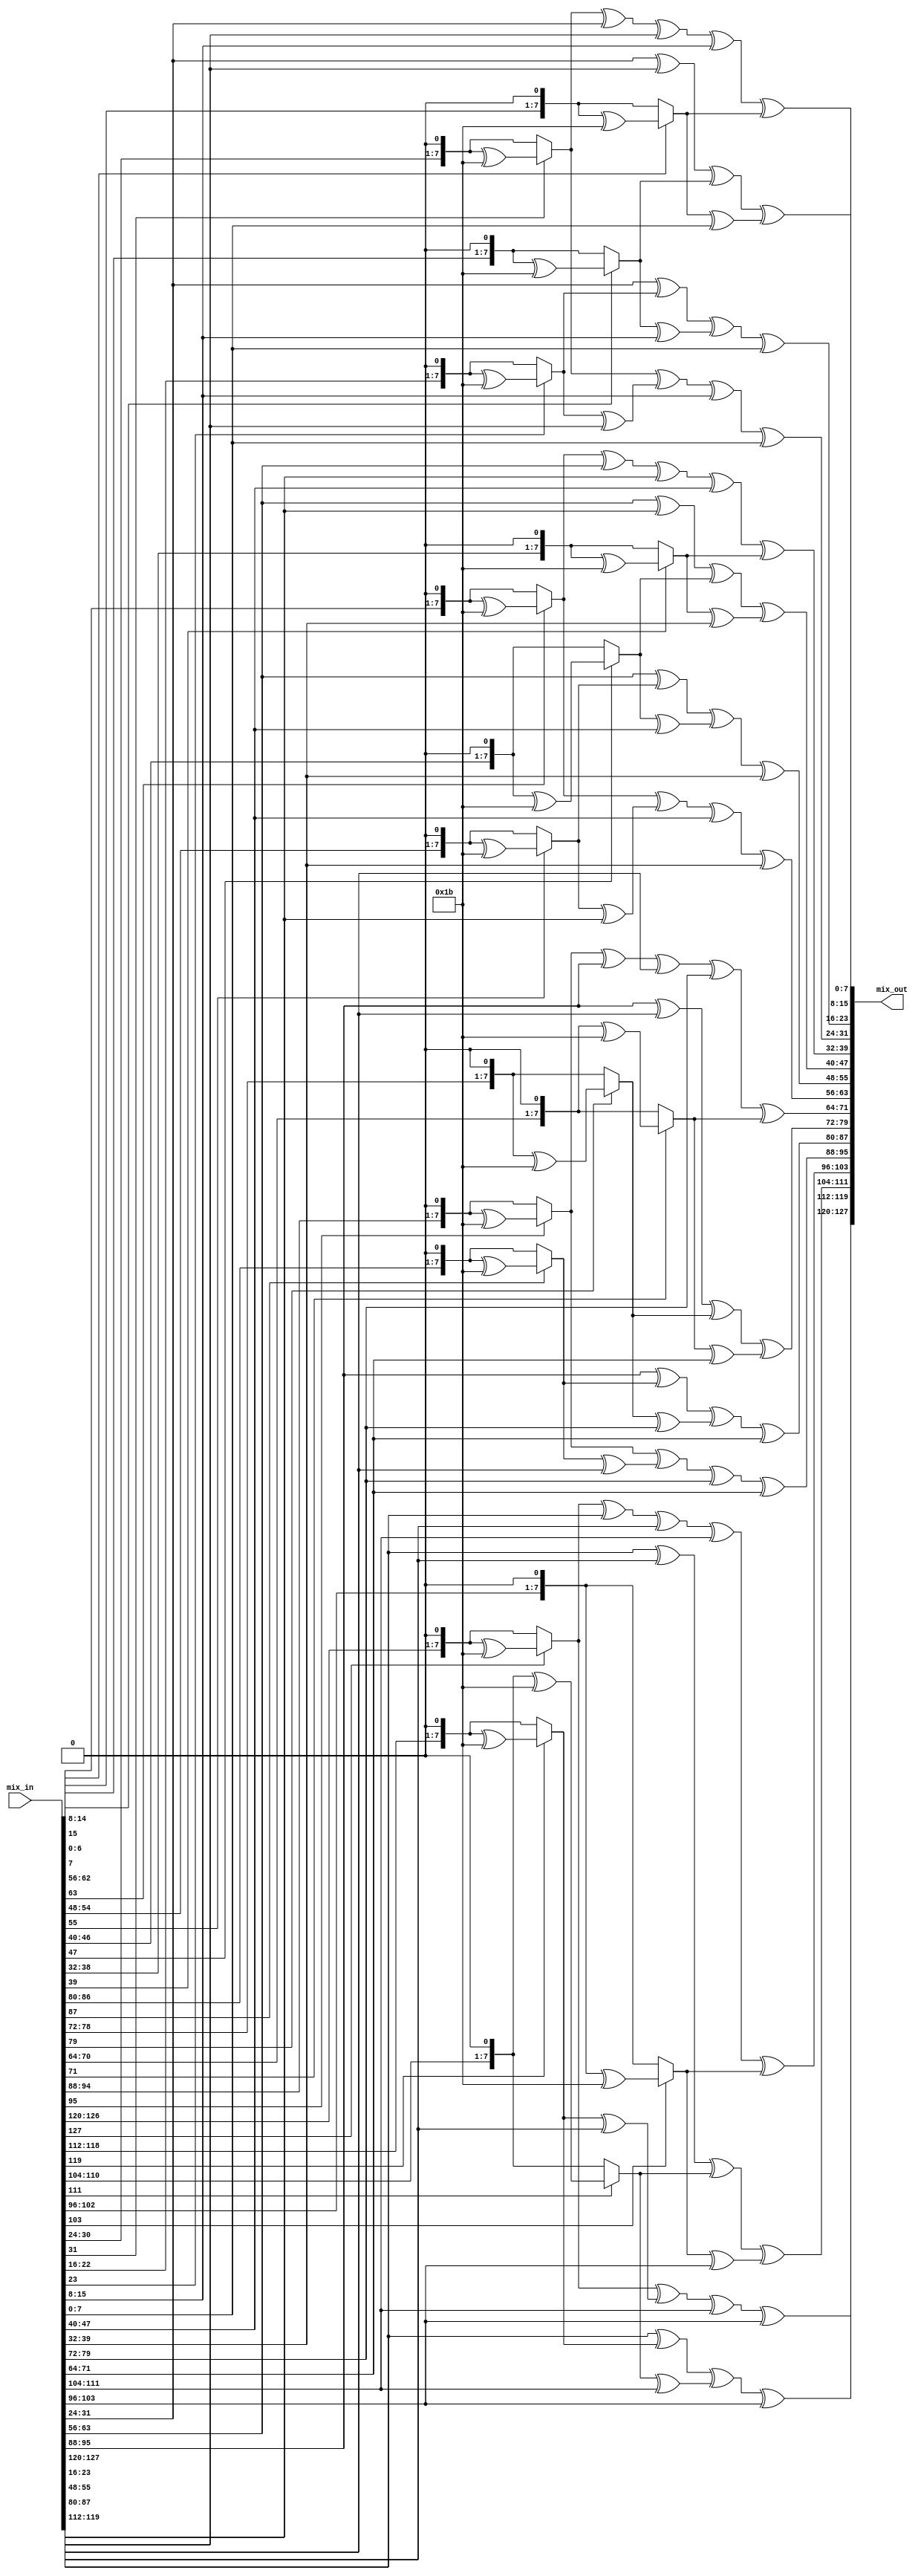
module mixColumns (
    input [127:0] mix_in,
    output [127:0] mix_out
);

// do the matrix multiplication
genvar i;
generate
    for(i=0;i<4;i=i+1)begin:mix_columns
        assign mix_out[(i*32 + 24)+:8]= mult_2(mix_in[(i*32 + 24)+:8]) ^ mult_3(mix_in[(i*32 + 16)+:8]) ^ mix_in[(i*32 + 8)+:8] ^ mix_in[i*32+:8];
        assign mix_out[(i*32 + 16)+:8]= mix_in[(i*32 + 24)+:8] ^ mult_2(mix_in[(i*32 + 16)+:8]) ^ mult_3(mix_in[(i*32 + 8)+:8]) ^ mix_in[i*32+:8];
        assign mix_out[(i*32 + 8)+:8]= mix_in[(i*32 + 24)+:8] ^ mix_in[(i*32 + 16)+:8] ^ mult_2(mix_in[(i*32 + 8)+:8]) ^ mult_3(mix_in[i*32+:8]);
        assign mix_out[i*32+:8]= mult_3(mix_in[(i*32 + 24)+:8]) ^ mix_in[(i*32 + 16)+:8] ^ mix_in[(i*32 + 8)+:8] ^ mult_2(mix_in[i*32+:8]);
    end
endgenerate

// multiply in by 2
// if the MSB is 1, then do XOR with 0x1b
function [7:0] mult_2(input [7:0] in);
    begin
        mult_2 = in[7]?((in << 1) ^ 8'h1b) : (in << 1);
    end
endfunction

// multiply in by 3
// use the result of mult_2 and XOR with in itself, XOR means addition in finite field 
function [7:0] mult_3(input[7:0] in);
    begin
        mult_3 = mult_2(in) ^ in;
    end     
endfunction

endmodule